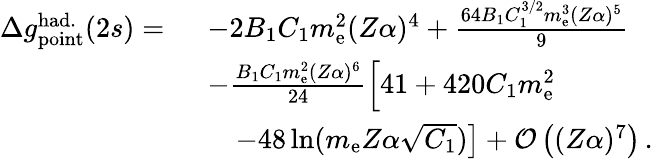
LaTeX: \begin{array}{rl}{\Delta{g}_{\mathrm{point}}^{\mathrm{had.}}(2s)=\ }&{-2B_{1}C_{1}m_{\mathrm{e}}^{2}(Z\alpha)^{4}+\frac{64B_{1}C_{1}^{3/2}m_{\mathrm{e}}^{3}(Z\alpha)^{5}}{9}}\\ &{-\frac{B_{1}C_{1}m_{\mathrm{e}}^{2}(Z\alpha)^{6}}{24}\Big[41+420C_{1}m_{\mathrm{e}}^{2}}\\ &{\left.\quad-48\ln(m_{\mathrm{e}}Z\alpha\sqrt{C_{1}})\right]+\mathcal{O}\left((Z\alpha)^{7}\right)\, .}\end{array}